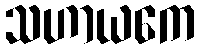
သဟာယကေ